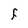
Character: F